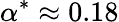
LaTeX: \alpha^{*}\approx 0.18